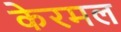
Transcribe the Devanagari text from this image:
केरमल